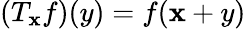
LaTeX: (T_{\mathbf{x}}f)(y)=f(\mathbf{x}+y)